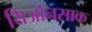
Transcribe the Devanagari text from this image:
यिओनसाक